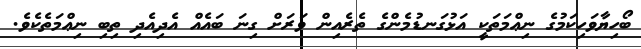
ބޯހިޔާވަހިކަމުގެ ނިޢްމަތަކީ އަޅުގަނޑުމެންގެ ތެރެއިން ވަރަށް ގިނަ ބައެއް އެދިއެދި ތިބި ނިޢްމަތެކެވެ.